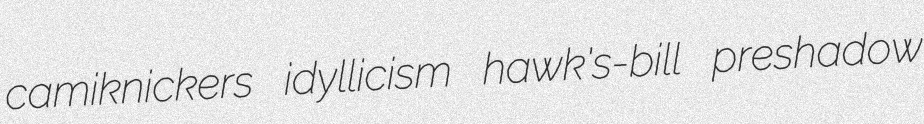
camiknickers idyllicism hawk's-bill preshadow